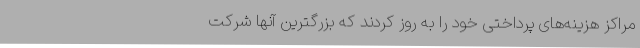
مراکز هزینه‌های پرداختی خود را به روز کردند که بزرگترین آنها شرکت